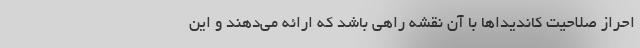
احراز صلاحیت کاندیداها با آن نقشه راهی باشد که ارائه می‌دهند و این